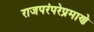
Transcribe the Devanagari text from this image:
राजपरंपरेप्रमाणे